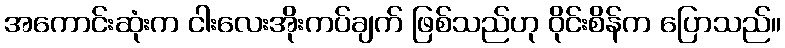
အကောင်းဆုံးက ငါးလေးအိုးကပ်ချက် ဖြစ်သည်ဟု ဝိုင်းစိန်က ပြောသည်။